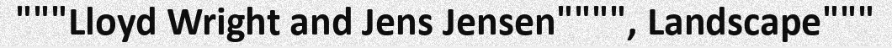
"""Lloyd Wright and Jens Jensen"""", Landscape"""